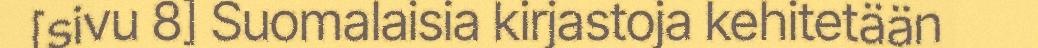
[sivu 8] Suomalaisia kirjastoja kehitetään